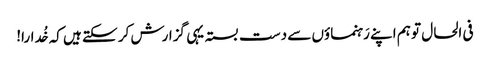
فی الحال تو ہم اپنے رَہنماؤں سے دست بستہ یہی گزارش کر سکتے ہیں کہ خُدارا!